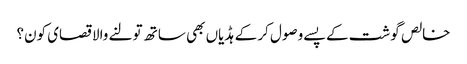
خالص گوشت کے پسے وصول کر کے ہڈیاں بھی ساتھ تولنے والا قصای کون؟